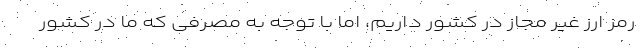
رمز ارز غیر مجاز در کشور داریم، اما با توجه به مصرفی که ما در کشور